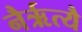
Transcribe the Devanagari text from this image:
नैर्ऋत्यै